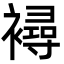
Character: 襑